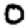
Digit: 0